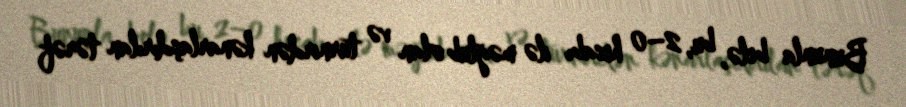
Bununla belə, bu, 2–0 hesabı ilə məğlub olan və turnirdən kənarlaşdırılan tərəf